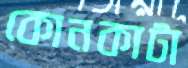
কোনকাটা